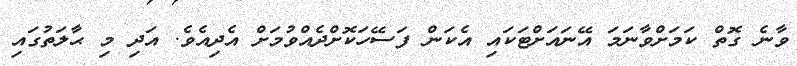
ވާނެ ގޮތް ކަމަށްވާނަމަ އޭނައަށްޓަކައި އެކަން ފަސޭހަކޮށްދެއްވުމަށް އެދިއެވެ. އަދި މި ޙާލަތުގައި